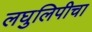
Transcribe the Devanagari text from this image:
लघुलिपीचा